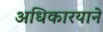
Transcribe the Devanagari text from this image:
अधिकारयाने